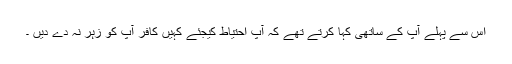
اس سے پہلے آپ کے ساتھی کہا کرتے تھے کہ آپ احتیاط کیجئے کہیں کافر آپ کو زہر نہ دے دیں ۔